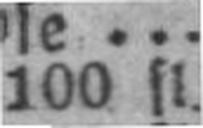
100 fl.